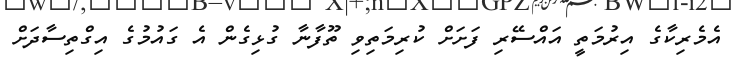
އެމެރިކާގެ އިރުމަތީ އައްސޭރި ފަށަށް ކުރިމަތިވި ތޫފާނާ ގުޅިގެން އެ ގައުމުގެ އިގްތިސާދަށް